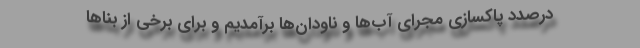
درصدد پاکسازی مجرای آب‌ها و ناودان‌ها برآمدیم و برای برخی از بناها